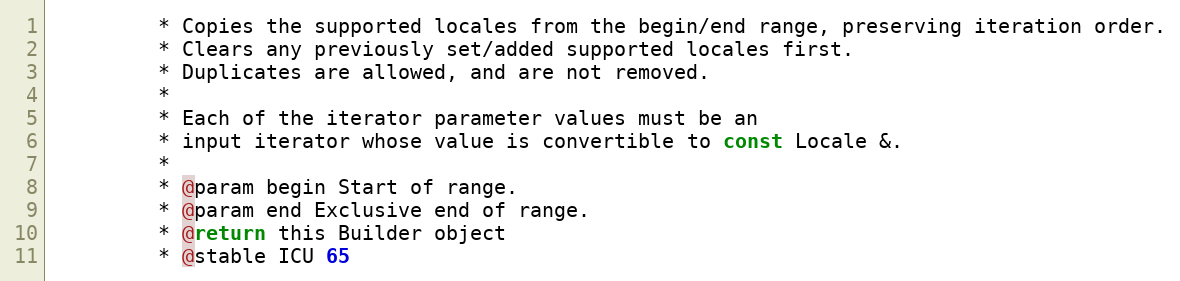
Language: C
         * Copies the supported locales from the begin/end range, preserving iteration order.
         * Clears any previously set/added supported locales first.
         * Duplicates are allowed, and are not removed.
         *
         * Each of the iterator parameter values must be an
         * input iterator whose value is convertible to const Locale &.
         *
         * @param begin Start of range.
         * @param end Exclusive end of range.
         * @return this Builder object
         * @stable ICU 65